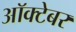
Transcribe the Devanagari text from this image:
आॅक्टेबर